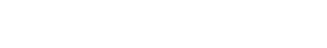
လအကြာမှာ ရောဂါလက္ခဏာတွေ စပြလာတာပါ။